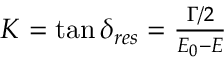
\begin{array} { r } { K = \tan \delta _ { r e s } = \frac { \Gamma / 2 } { E _ { 0 } - E } } \end{array}